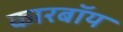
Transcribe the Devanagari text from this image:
कारबॉय